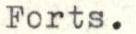
Forts.